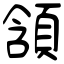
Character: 頷